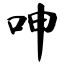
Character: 呻